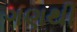
ગણથી